38_143685_box_Incident_Summaries_101-172
Agency: Department of War
Page 117
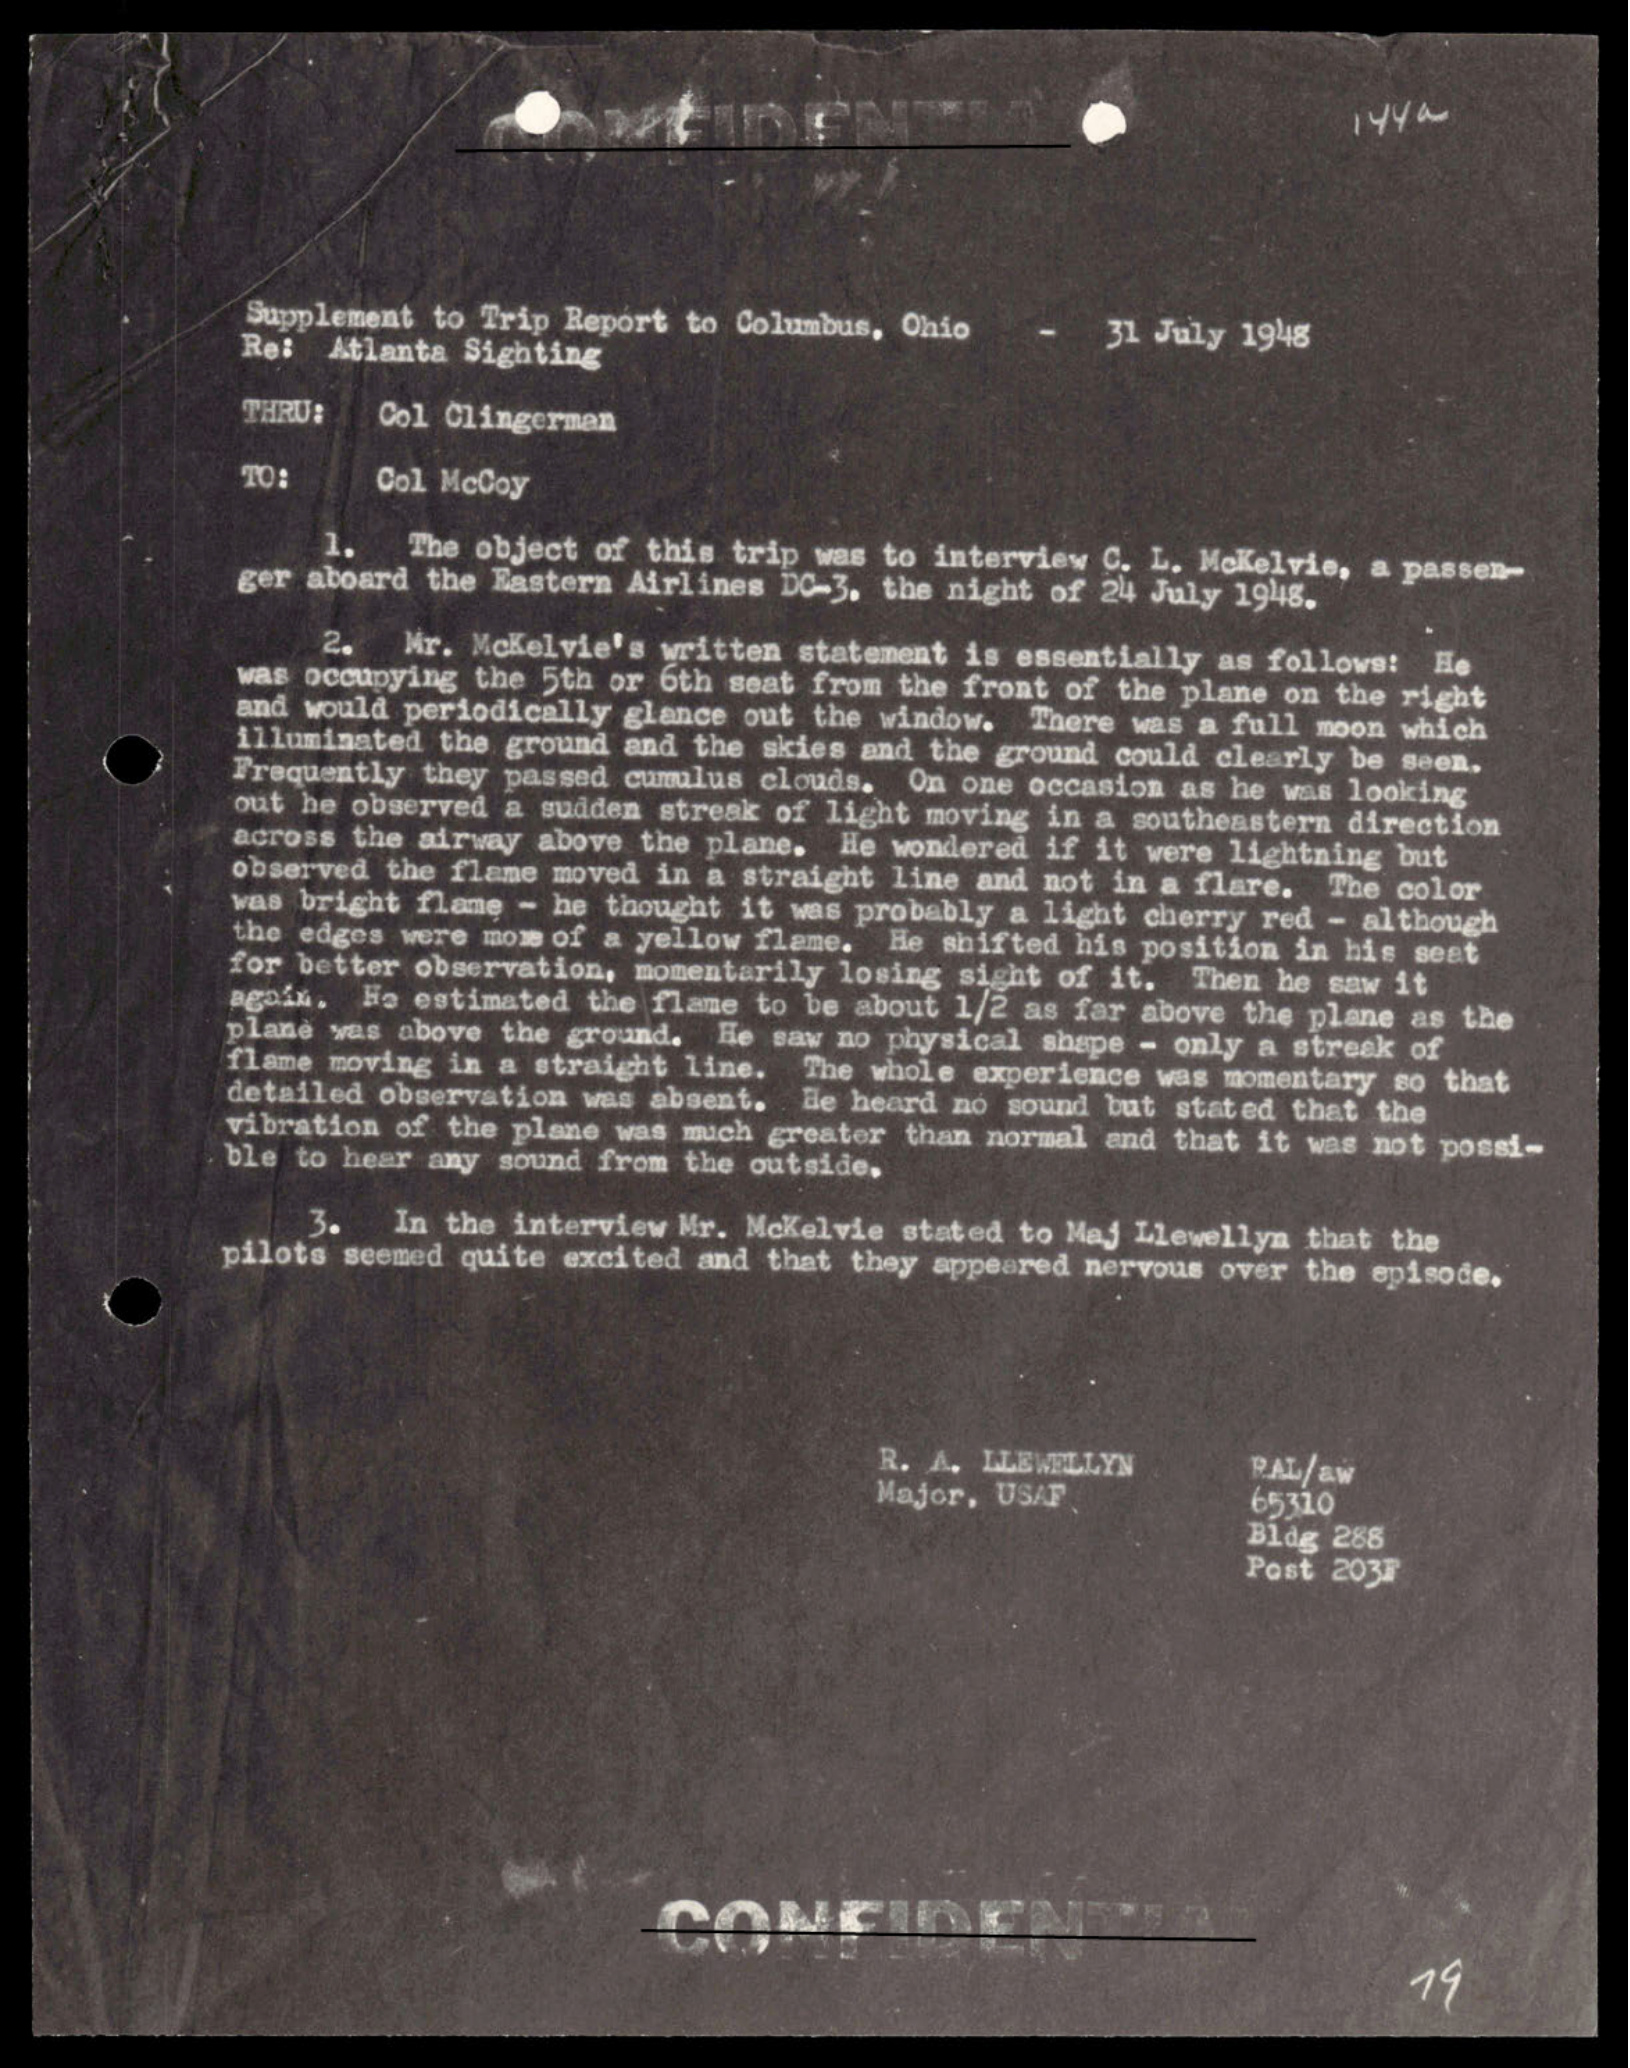